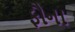
ફૌના